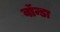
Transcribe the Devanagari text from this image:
वॉन्डा